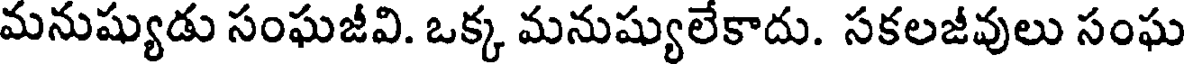
మనుష్యుడు సంఘజీవి. ఒక్క మనుష్యులేకాదు. సకలజీవులు సంఘ